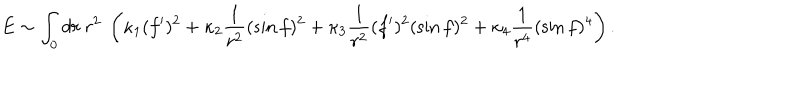
LaTeX: E \sim \int _ { 0 } d r ~ r ^ { 2 } ~ \left( \kappa _ { 1 } ( f ^ { \prime } ) ^ { 2 } + \kappa _ { 2 } \frac { 1 } { r ^ { 2 } } ( \sin f ) ^ { 2 } + \kappa _ { 3 } \frac { 1 } { r ^ { 2 } } ( f ^ { \prime } ) ^ { 2 } ( \sin f ) ^ { 2 } + \kappa _ { 4 } \frac { 1 } { r ^ { 4 } } ( \sin f ) ^ { 4 } \right) .